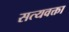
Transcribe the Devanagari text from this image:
सत्यवक्ता